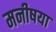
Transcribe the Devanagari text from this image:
मनीषया